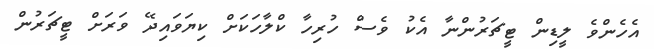
އެހެންވެ ލީޑިން ޓީޗަރުންނާ އެކު ވެސް ހުރިހާ ކްލާހަކަށް ކިޔަވައިދޭ ވަރަށް ޓީޗަރުން